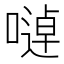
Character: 𱔉